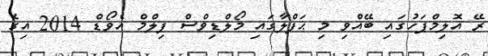
ރޭ އޮލިމްޕަހުގައި ބޭއްވި މި ޙަފްލާގައި މޯލްޑިވްސް ފިލްމް އެވޯޑް 2014 އިގެ